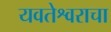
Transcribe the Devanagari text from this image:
यवतेश्वराचा